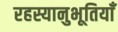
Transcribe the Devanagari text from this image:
रहस्यानुभूतियाँ